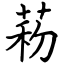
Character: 菞